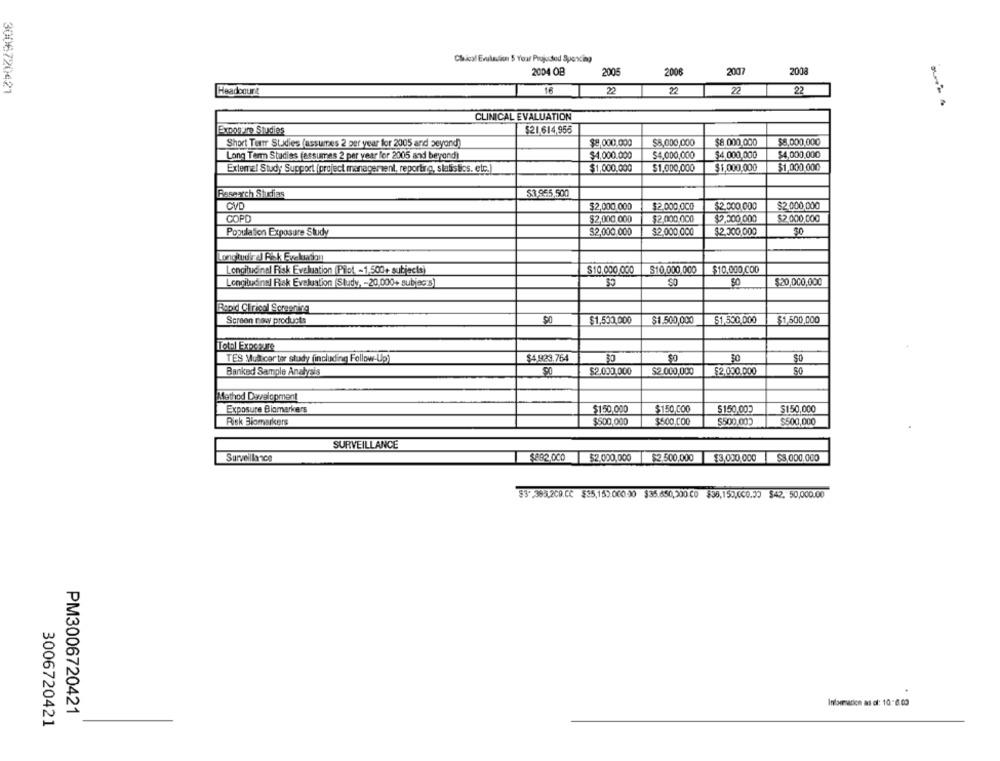
Chical Erulaalion $ Your Projusted Sporting
2004 OB
2005
2006
2007
2008
3006720421
Headcount
16
2
22
2
22
CLINICAL EVALUATION
Exposure Studies
$21.614,955
Short Term Studies (assumes 2 per year for 2005 and beyond)
$8,000,000
$8,000,000
$8.000.000
$8,000,000
Long Term Studies (assumes 2 per year for 2005 and beyond)
$4.000.000
$4,000,000
$4 .000,000
$4,000,000
$1.000,000
$1,000.000
$1,000.000
Exteme! Study Support (project management, reporting, statistics, etc.)
$1,000,000
Research Shefias
$3.965,500
CVD
$2,000.000
$2.000.000
$2,000,000
$2.000,000
COPD
$2,000,000
$2.000.000
$2.200.000
$2.000,000
Population Exposure Study
$2,000.000
$2.000.000
$2,300,000
30
Longitudir el Fik Evaluation
Longitudinal Risk Eveluation (Pilot -1.500+ subjects)
$10,000,000
$10,000,000
$10,000 COD
Longitudinal Risk Evelustion (Study, - 20,000+ subjec's)
$20,000,000
Rapid Clinical Screening
Screen now products
$1,500,000
$1.500,000
$1,500.000
$1,500,000
Total Exposure
$4.923.764
30
30
TES Musicor tor study (including Follow-Up)
Banked Sample Analysis
90
$2.000,000
$2.000,000
$2,000.000
Method Dwelcoment
Exposure Biomarkers
$150,000
$150,000
$150,000
$150,000
Risk Biomarkers
$500,000
$500.000
$500.000
$500,000
SURVEILLANCE
$882.000
Surveillance
52.000,000
$2.500,000
$3,000.000
$3,000,000
83",369,2CO.CC $35,153.000.30 $35.650,200.CO $35,150,000.30 $42, 50,000.00
Information as al: 10-6.03
PM3006720421
3006720421